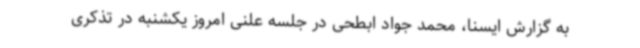
به گزارش ایسنا، محمد جواد ابطحی در جلسه علنی امروز یکشنبه در تذکری